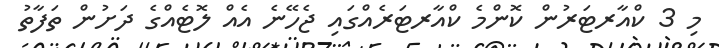
މި 3 ކްއާރޓަރުން ކޮންމެ ކްއާރޓަރެއްގައި ޖެހޭނެ އެއް ލޮޓެއްގެ ދަށުން ތަފާތު